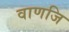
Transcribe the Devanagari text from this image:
वाणजि